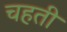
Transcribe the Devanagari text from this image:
चहती